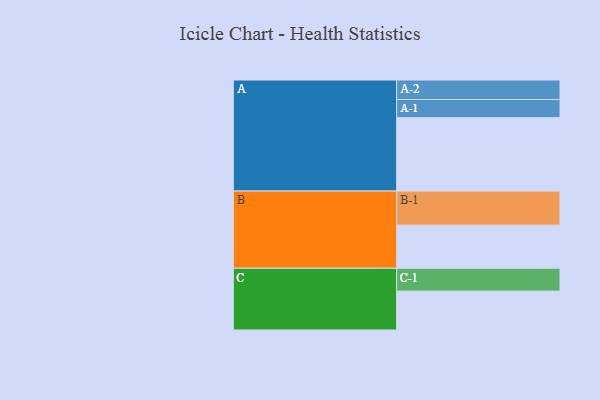
{"axis": {"x": "Segment", "y": "Value"}, "legend": ["", "A", "B", "C"], "data": [{"x": "A", "y": 591, "type": ""}, {"x": "B", "y": 347, "type": ""}, {"x": "C", "y": 313, "type": ""}, {"x": "A-1", "y": 146, "type": "A"}, {"x": "A-2", "y": 157, "type": "A"}, {"x": "B-1", "y": 274, "type": "B"}, {"x": "C-1", "y": 184, "type": "C"}]}